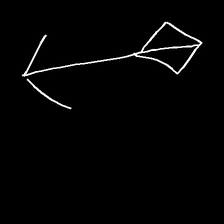
Glyph: focus